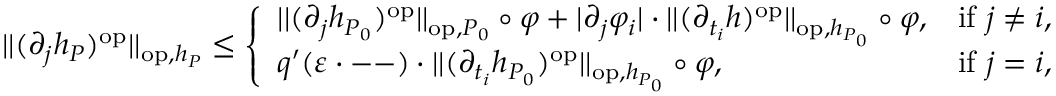
\begin{array} { r } { | | ( \partial _ { j } h _ { P } ) ^ { \mathrm { o p } } | | _ { \mathrm { o p } , h _ { P } } \leq \left\{ \begin{array} { l l } { | | ( \partial _ { j } h _ { P _ { 0 } } ) ^ { \mathrm { o p } } | | _ { \mathrm { o p } , P _ { 0 } } \circ \varphi + | \partial _ { j } \varphi _ { i } | \cdot | | ( \partial _ { t _ { i } } h ) ^ { \mathrm { o p } } | | _ { \mathrm { o p } , h _ { P _ { 0 } } } \circ \varphi , } & { \mathrm { i f ~ } j \neq i , } \\ { q ^ { \prime } ( \varepsilon \cdot \mathrm { -- } ) \cdot | | ( \partial _ { t _ { i } } h _ { P _ { 0 } } ) ^ { \mathrm { o p } } | | _ { \mathrm { o p } , h _ { P _ { 0 } } } \circ \varphi , } & { \mathrm { i f ~ } j = i , } \end{array} \right. } \end{array}